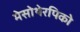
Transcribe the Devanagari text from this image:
मेसोथेरपिको